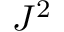
J ^ { 2 }